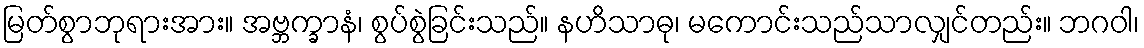
မြတ်စွာဘုရားအား။ အဗ္ဘက္ခာနံ၊ စွပ်စွဲခြင်းသည်။ နဟိသာဓု၊ မကောင်းသည်သာလျှင်တည်း။ ဘဂဝါ၊